Indian journal of veterinary science and animal husbandry - Volumes 24-25, 1954-1955
Year: 1954
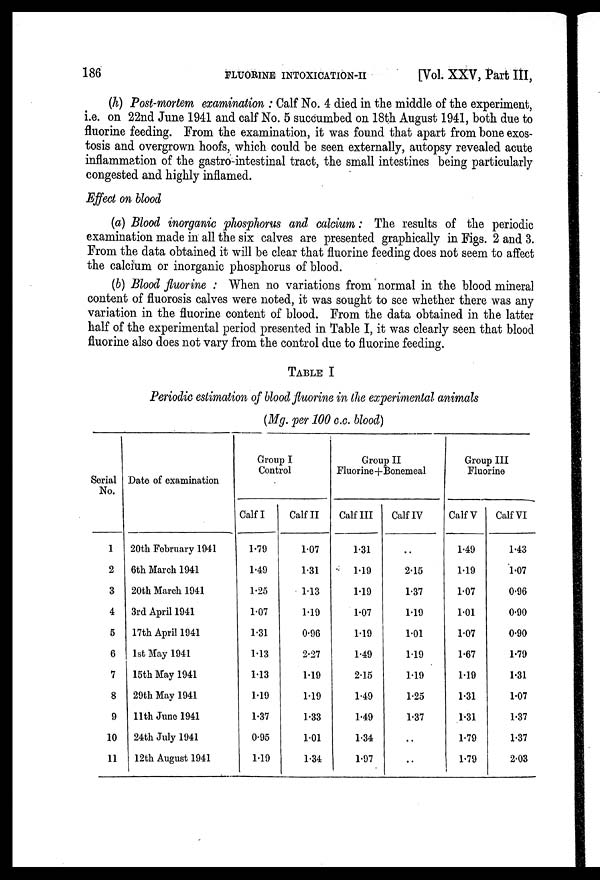
186
FLUORINE
INTOXICATION-II
[Vol. XXV, Part III,
(h) Post-mortem examination: Calf No. 4 died in the middle of the experiment,
i.e. on 22nd June 1941 and calf No. 5 succumbed on 18th August 1941, both due to
fluorine feeding. From the examination, it was found that apart from bone exos-
tosis and overgrown hoofs, which could be seen externally, autopsy revealed acute
inflammation of the gastro-intestinal tract, the small intestines being particularly
congested and highly inflamed.
Effect on blood
(a) Blood inorganic phosphorus and calcium: The results of the periodic
examination made in all the six calves are presented graphically in Figs. 2 and 3.
From the data obtained it will be clear that fluorine feeding does not seem to affect
the calcium or inorganic phosphorus of blood.
(b) Blood fluorine: When no variations from normal in the blood mineral
content of fluorosis calves were noted, it was sought to see whether there was any
variation in the fluorine content of blood. From the data obtained in the latter
half of the experimental period presented in Table I, it was clearly seen that blood
fluorine also does not vary from the control due to fluorine feeding.
TABLE I
Periodic estimation of blood fluorine in the experimental animals
(Mg. per 100 c.c. blood)
Serial
No.
1
2
3
4
5
6
7
8
9
10
11
Date of examination
20th February 1941
6th March 1941
20th March 1941
3rd April 1941
17th April 1941
1st May 1941
15th May 1941
29th May 1941
11th June 1941
24th July 1941
12th August 1941
Group I
Control
Calf I
1.79
1.49
1.25
1.07
1.31
1.13
1.13
1.19
1.37
0.95
1.19
Calf II
1.07
1.31
1.13
1.19
0.96
2.27
1.19
1.19
1.33
1.01
1.34
Group II
Fluorine + Bonemeal
Calf III
1.31
1.19
1.19
1.07
1.19
1.49
2.15
1.49
1.49
1.34
1.97
Calf IV
..
2.15
1.37
1.19
1.01
1.19
1.19
1.25
1.37
..
..
Group III
Fluorine
Calf V
1.49
1.19
1.07
1.01
1.07
1.67
1.19
1.31
1.31
1.79
1.79
Calf VI
1.43
1.07
0.96
0.90
0.90
1.79
1.31
1.07
1.37
1.37
2.03